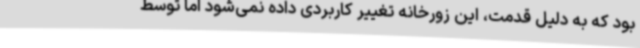
بود که به دلیل قدمت، این زورخانه تغییر کاربردی داده نمی‌شود اما توسط